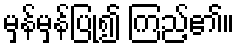
မှန်မှန်ပြု၍ ကြည့်၏။